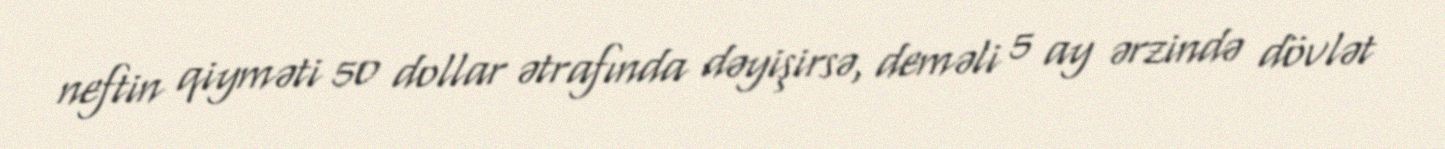
neftin qiyməti 50 dollar ətrafında dəyişirsə, deməli 5 ay ərzində dövlət